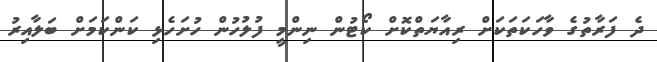
ދެ ފަރާތުގެ ވާހަކަތަކަށް ރިއާޔަތްކޮށް ކޯޓުން ނިންމީ ފުލުހުން ހުށަހެޅި ކަންކަމަށް ބަލާއިރު